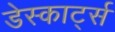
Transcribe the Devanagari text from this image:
डेस्कार्ट्स